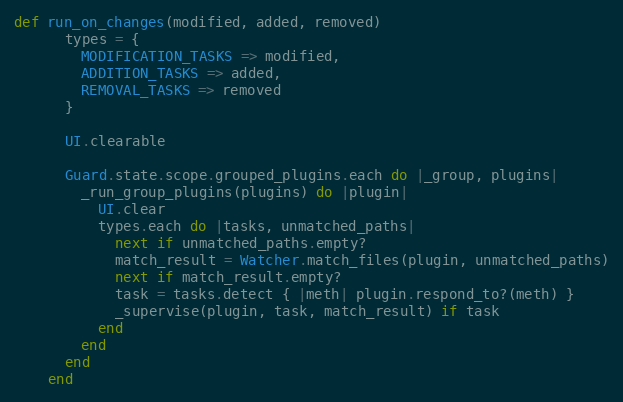
Language: Ruby
def run_on_changes(modified, added, removed)
      types = {
        MODIFICATION_TASKS => modified,
        ADDITION_TASKS => added,
        REMOVAL_TASKS => removed
      }

      UI.clearable

      Guard.state.scope.grouped_plugins.each do |_group, plugins|
        _run_group_plugins(plugins) do |plugin|
          UI.clear
          types.each do |tasks, unmatched_paths|
            next if unmatched_paths.empty?
            match_result = Watcher.match_files(plugin, unmatched_paths)
            next if match_result.empty?
            task = tasks.detect { |meth| plugin.respond_to?(meth) }
            _supervise(plugin, task, match_result) if task
          end
        end
      end
    end